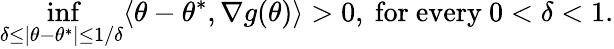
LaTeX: \operatorname*{inf}_{\delta\leq|\theta-\theta^{*}|\leq 1/\delta}\langle\theta-\theta^{*},\nabla g(\theta)\rangle>0,{\mathrm{~for~every~}}0<\delta<1.